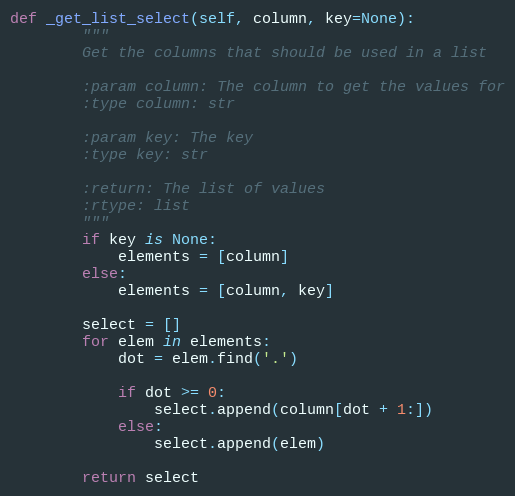
Language: Python
def _get_list_select(self, column, key=None):
        """
        Get the columns that should be used in a list

        :param column: The column to get the values for
        :type column: str

        :param key: The key
        :type key: str

        :return: The list of values
        :rtype: list
        """
        if key is None:
            elements = [column]
        else:
            elements = [column, key]

        select = []
        for elem in elements:
            dot = elem.find('.')

            if dot >= 0:
                select.append(column[dot + 1:])
            else:
                select.append(elem)

        return select